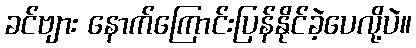
ခင်ဗျား နောက်ကြောင်းပြန်နိုင်ခဲ့ပေလို့ပဲ။